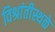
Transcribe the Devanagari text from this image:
विश्रांतीस्थळे